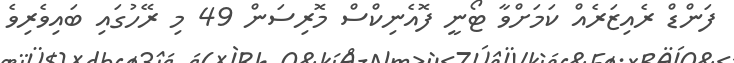
ފަންޑް ރެއިޒަރެއް ކަމަށްވާ ޓޯނީ ފޮއެނިކްސް މޮރިސަން 49 މި ރޭހުގައި ބައިވެރިވެ